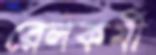
রেলকর্মী